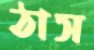
ঠাস